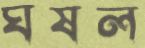
ঘষল